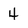
Character: 4